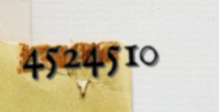
4524510